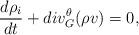
LaTeX: \begin{align*}\frac {d\rho_i}{d t}+div_G^{\theta}(\rho v)=0,\end{align*}